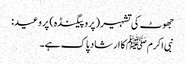
جھوٹ کی تشہیر( پروپیگنڈہ) پر وعید:
نبی اکرمﷺ کا ارشاد پاک ہے۔